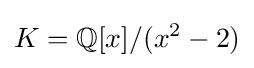
K=\mathbb {Q} [x]/(x^{2}-2)